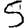
Digit: 5